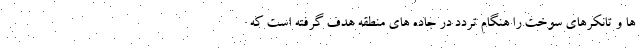
ها و تانکرهای سوخت را هنگام تردد در جاده های منطقه هدف گرفته است که